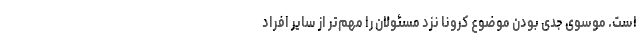
است. موسوی جدی بودن موضوع کرونا نزد مسئولان را مهم‌تر از سایر افراد